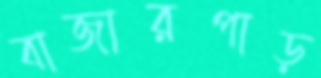
বাজারপাড়